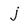
Character: j